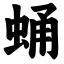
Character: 蛹